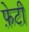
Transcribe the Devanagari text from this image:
फ़ेटी